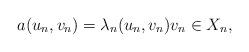
LaTeX: \begin{align*}a(u_n, v_n)= \lambda_n (u_n,v_n) v_n \in X_n,\end{align*}